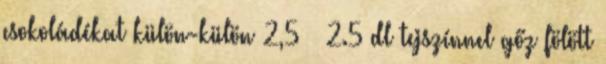
csokoládékat külön-külön 2,5 – 2.5 dl tejszínnel gőz fölött